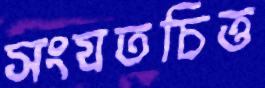
সংযতচিত্ত